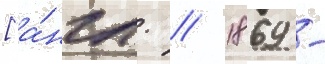
[а́нгл. // 1869 -